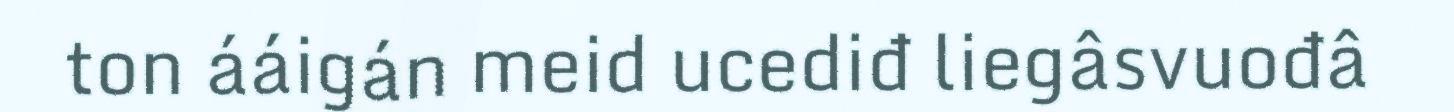
ton ááigán meid ucediđ liegâsvuođâ